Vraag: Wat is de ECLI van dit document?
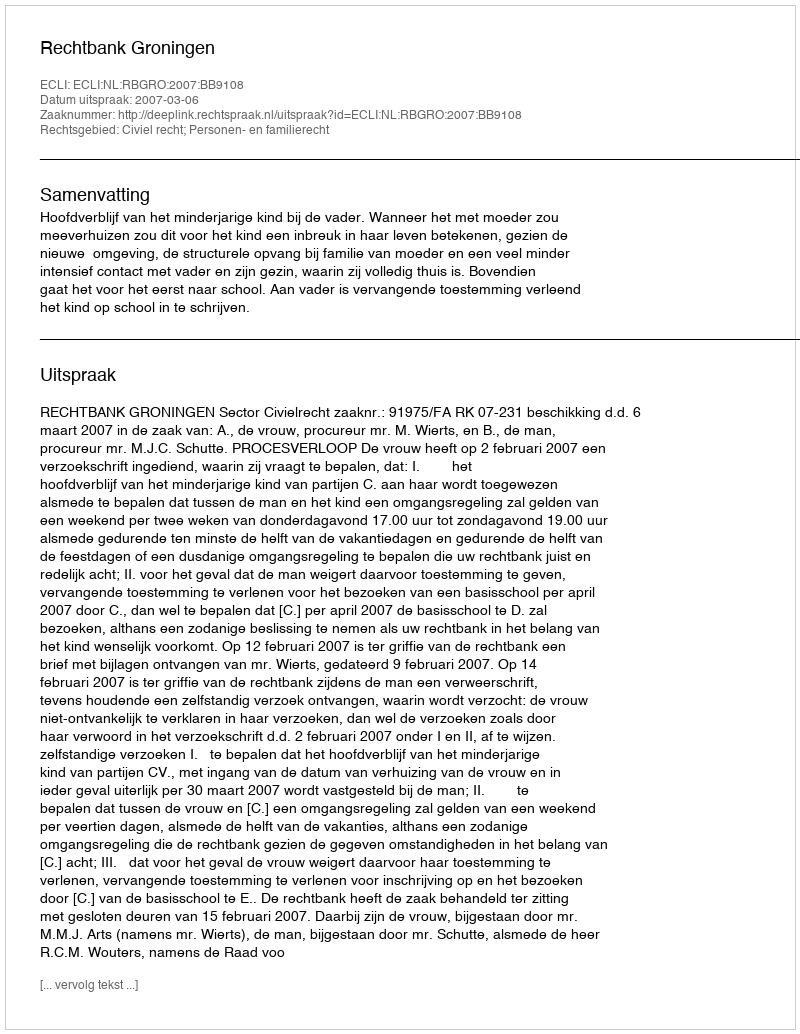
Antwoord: ECLI:NL:RBGRO:2007:BB9108